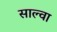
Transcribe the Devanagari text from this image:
साल्वा